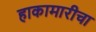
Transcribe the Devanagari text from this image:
हाकामारीचा